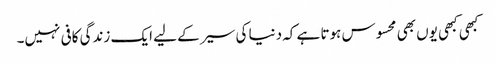
کبھی کبھی یوں بھی محسوس ہوتا ہے کہ دنیا کی سیر کے لیے ایک زندگی کافی نہیں۔